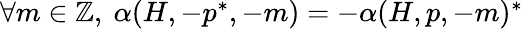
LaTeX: \begin{array}{r}{\forall m\in\mathbb{Z},~\alpha(H,-p^{*},-m)=-\alpha(H,p,-m)^{*}}\end{array}